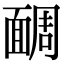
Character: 𩈮